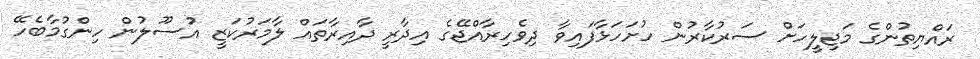
ރައްޔިތުންގެ މަޖިލީހަށް ސަރުކާރުން ހުށަހަޅާފައިވާ ދިވެހިރާއްޖޭގެ އިދާރީ ދާއިރާތައް ލާމަރުކަޒީ އުސޫލުން ހިންގުމާބެހޭ